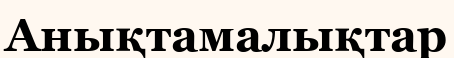
Анықтамалықтар